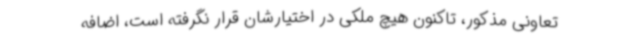
تعاونی مذکور، تاکنون هیچ ملکی در اختیارشان قرار نگرفته است، اضافه